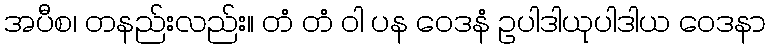
အပီစ၊ တနည်းလည်း။ တံ တံ ဝါ ပန ဝေဒနံ ဥပါဒါယုပါဒါယ ဝေဒနာ